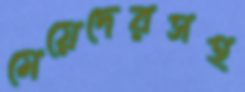
মেয়েদেরসহ